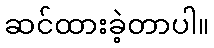
ဆင်ထားခဲ့တာပါ။